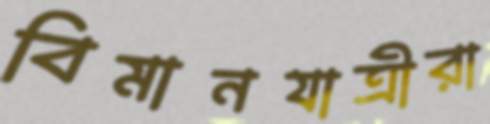
বিমানযাত্রীরা